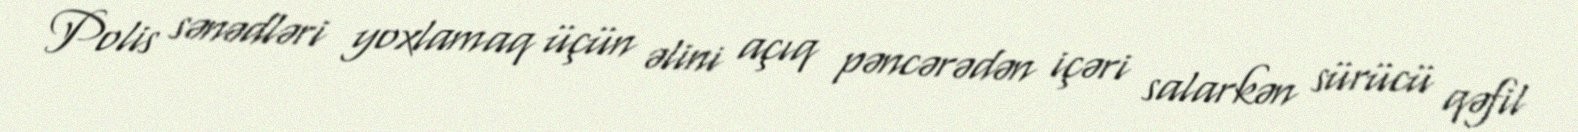
Polis sənədləri yoxlamaq üçün əlini açıq pəncərədən içəri salarkən sürücü qəfil